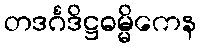
တဒင်္ဂဒိဋ္ဌဓမ္မိကေန